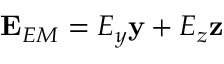
\mathbf { E } _ { E M } = E _ { y } \mathbf { y } + E _ { z } \mathbf { z }